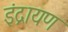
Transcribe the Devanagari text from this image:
इंद्रायण